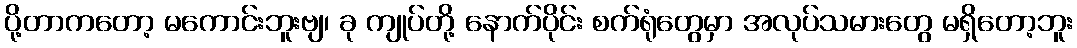
ပို့တာကတော့ မကောင်းဘူးဗျ၊ ခု ကျုပ်တို့ နောက်ပိုင်း စက်ရုံတွေမှာ အလုပ်သမားတွေ မရှိတော့ဘူး